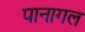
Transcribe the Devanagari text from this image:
पानागल